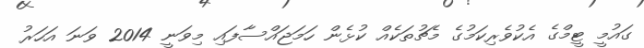
ގައުމީ ޓީމްގެ އެކުވެރިކަމުގެ މެޗުތަކެއް ކުޅެން ހަމަޖައްސާފައި މިވަނީ 2014 ވަނަ އަހަރު